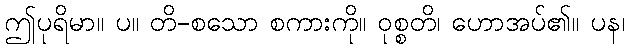
ဤပုရိမာ။ ပ။ တိ-စသော စကားကို။ ဝုစ္စတိ၊ ဟောအပ်၏။ ပန၊